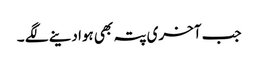
جب آخری پتہ بھی ہوا دینے لگے ۔